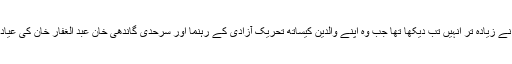
پہلی بار پاکستان کے عوام نے زیادہ تر انہیں تب دیکھا تھا جب وہ اپنے والدین کیساتھ تحریک آزادی کے رہنما اور سرحدی گاندھی خان عبد الغفار خان کی عیادت کرنے پشاور آئے تھے۔